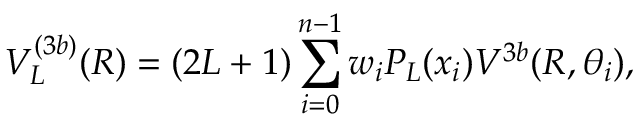
V _ { L } ^ { ( 3 b ) } ( R ) = ( 2 L + 1 ) \sum _ { i = 0 } ^ { n - 1 } w _ { i } P _ { L } ( x _ { i } ) V ^ { 3 b } ( R , \theta _ { i } ) ,